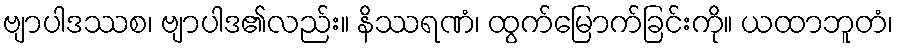
ဗျာပါဒဿစ၊ ဗျာပါဒ၏လည်း။ နိဿရဏံ၊ ထွက်မြောက်ခြင်းကို။ ယထာဘူတံ၊